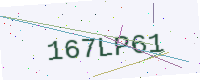
Text: 167LP61